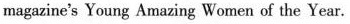
magazine's Young Amazing Women of the Year.